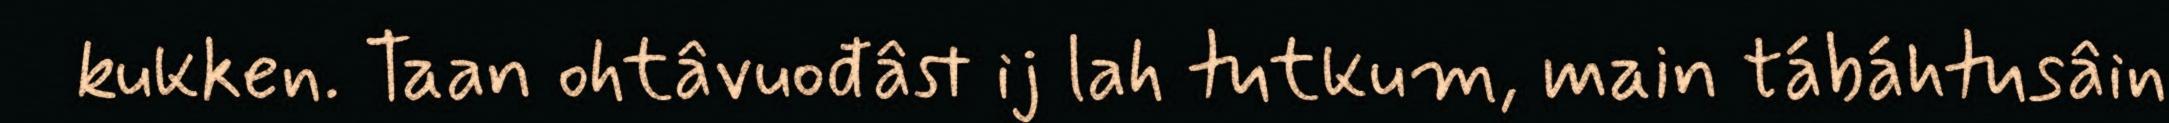
kukken. Taan ohtâvuođâst ij lah tutkum, main tábáhtusâin